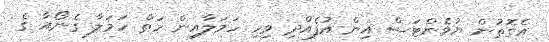
އެގޮތުން ޔުވެންޓަސް އިން އުފެއްދި ވިހި ހަމަލާއިން ހަތް ހަމަލާ ގެނޯއާ ގެ